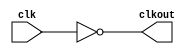
module clk_devider (clk, clkout);

input clk;
output clkout;



assign clkout = ~clk;

endmodule